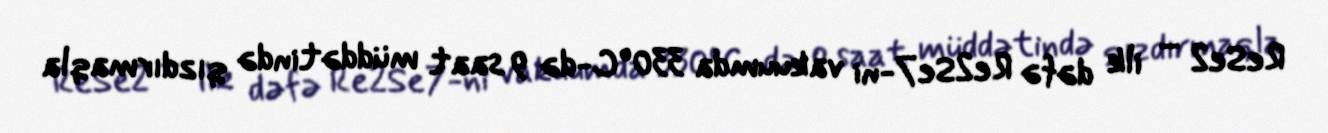
ReSe2 – ilk dəfə Re2Se7-ni vakuumda 330ºC-də 9 saat müddətində qızdırmaqla